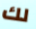
لك